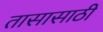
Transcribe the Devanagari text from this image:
तासासाठी